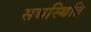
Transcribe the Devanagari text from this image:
सद्यस्थिति